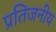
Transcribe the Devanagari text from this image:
प्रतिजनीय